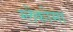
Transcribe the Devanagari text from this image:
ग्लेकोमा